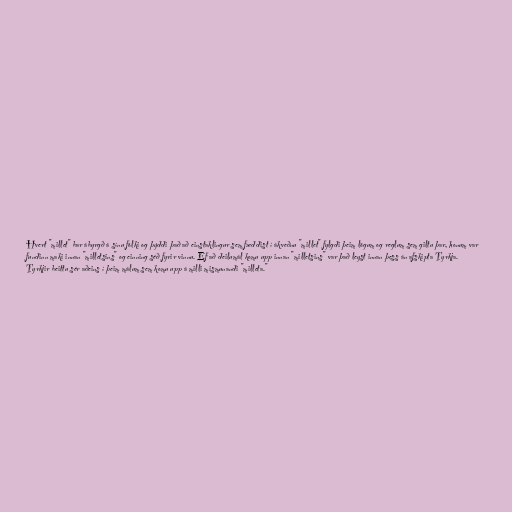
Hvert "millet" bar ábyrgð á sínu fólki og þýddi það að einstaklingur sem fæddist í ákveðnu "millet" fylgdi þeim lögum og reglum sem giltu þar, honum var
fundinn maki innan "milletsins" og einning séð fyrir vinnu. Ef að deilumál komu upp innan "milletsins" var það leyst innan þess án afskipta Tyrkja.
Tyrkjir beittu sér aðeins í þeim málum sem komu upp á milli mismunandi "milleta."